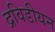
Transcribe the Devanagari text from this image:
द्रविडीयन